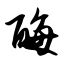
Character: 酶